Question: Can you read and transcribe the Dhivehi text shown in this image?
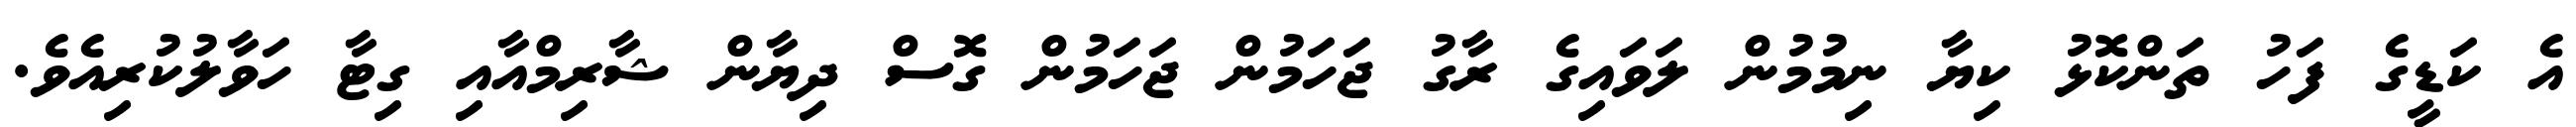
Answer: އެ ކަޑީގެ ފަހު ތަންކޮޅު ކިޔާ ނިމުމުން ލަވައިގެ ރާގު ޖަހަމުން ޖަހަމުން ގޮސް ދިޔާން ޝާރިމްއާއި ގިޓާ ހަވާލުކުރިއެވެ.